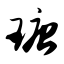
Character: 瑭